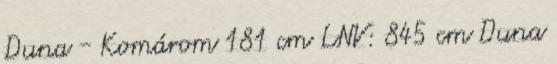
Duna - Komárom 181 cm LNV: 845 cm Duna